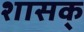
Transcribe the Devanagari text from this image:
शासक्